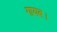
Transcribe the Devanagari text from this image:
गायब।